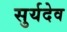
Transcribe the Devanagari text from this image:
सुर्यदेव